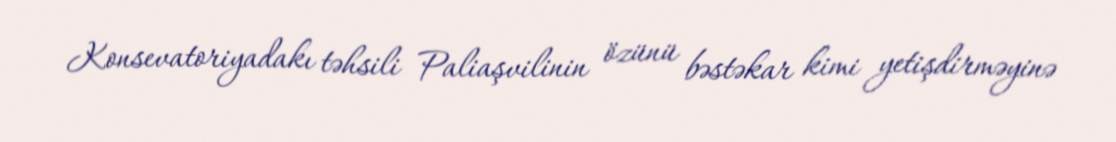
Konsevatoriyadakı təhsili Paliaşvilinin özünü bəstəkar kimi yetişdirməyinə